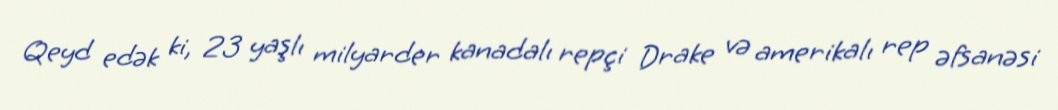
Qeyd edək ki, 23 yaşlı milyarder kanadalı repçi Drake və amerikalı rep əfsanəsi